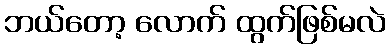
ဘယ်တော့ လောက် ထွက်ဖြစ်မလဲ